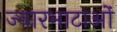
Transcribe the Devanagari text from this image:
ज्वारभाटाओं